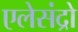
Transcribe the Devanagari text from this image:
एलेसंद्रो